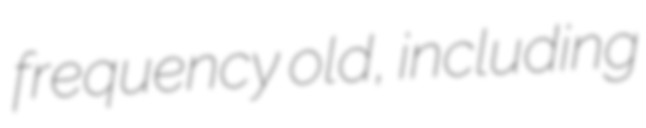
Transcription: frequency old, including